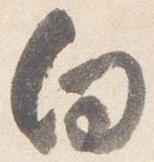
向